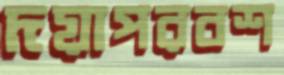
দয়াপরবশ